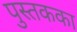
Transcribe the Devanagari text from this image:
पुस्तकका